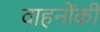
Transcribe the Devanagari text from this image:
वाहनोंकी